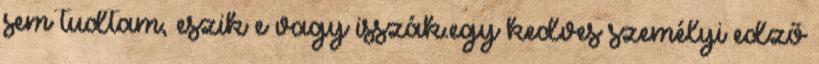
sem tudtam, eszik e vagy isszák.egy kedves személyi edző